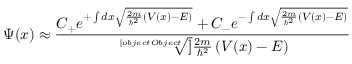
\Psi ( x ) \approx { \frac { C _ { + } e ^ { + \int d x { \sqrt { { \frac { 2 m } { \hbar ^ { 2 } } } \left( V ( x ) - E \right) } } } + C _ { - } e ^ { - \int d x { \sqrt { { \frac { 2 m } { \hbar ^ { 2 } } } \left( V ( x ) - E \right) } } } } { \sqrt [ [object Object] ] { { \frac { 2 m } { \hbar ^ { 2 } } } \left( V ( x ) - E \right) } } }